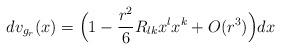
LaTeX: \begin{align*} dv_{g_r}(x)=\Bigl(1-\frac{r^2}{6}R_{lk}x^l x^k + O(r^3) \Bigr)dx \end{align*}